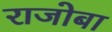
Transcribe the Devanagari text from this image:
राजोबा